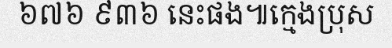
៦៧៦ ៩៣៦ នេះផង៕ក្មេងប្រុស